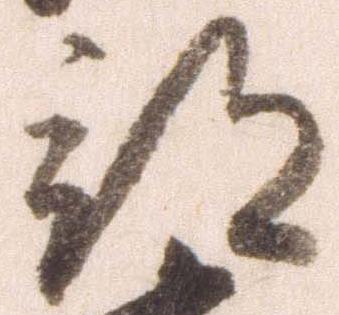
部